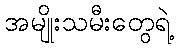
အမျိုးသမီးတွေရဲ့